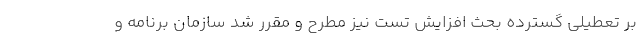
بر تعطیلی گسترده بحث افزایش تست نیز مطرح و مقرر شد سازمان برنامه و